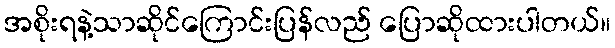
အစိုးရနဲ့သာဆိုင်ကြောင်းပြန်လည် ပြောဆိုထားပါတယ်။